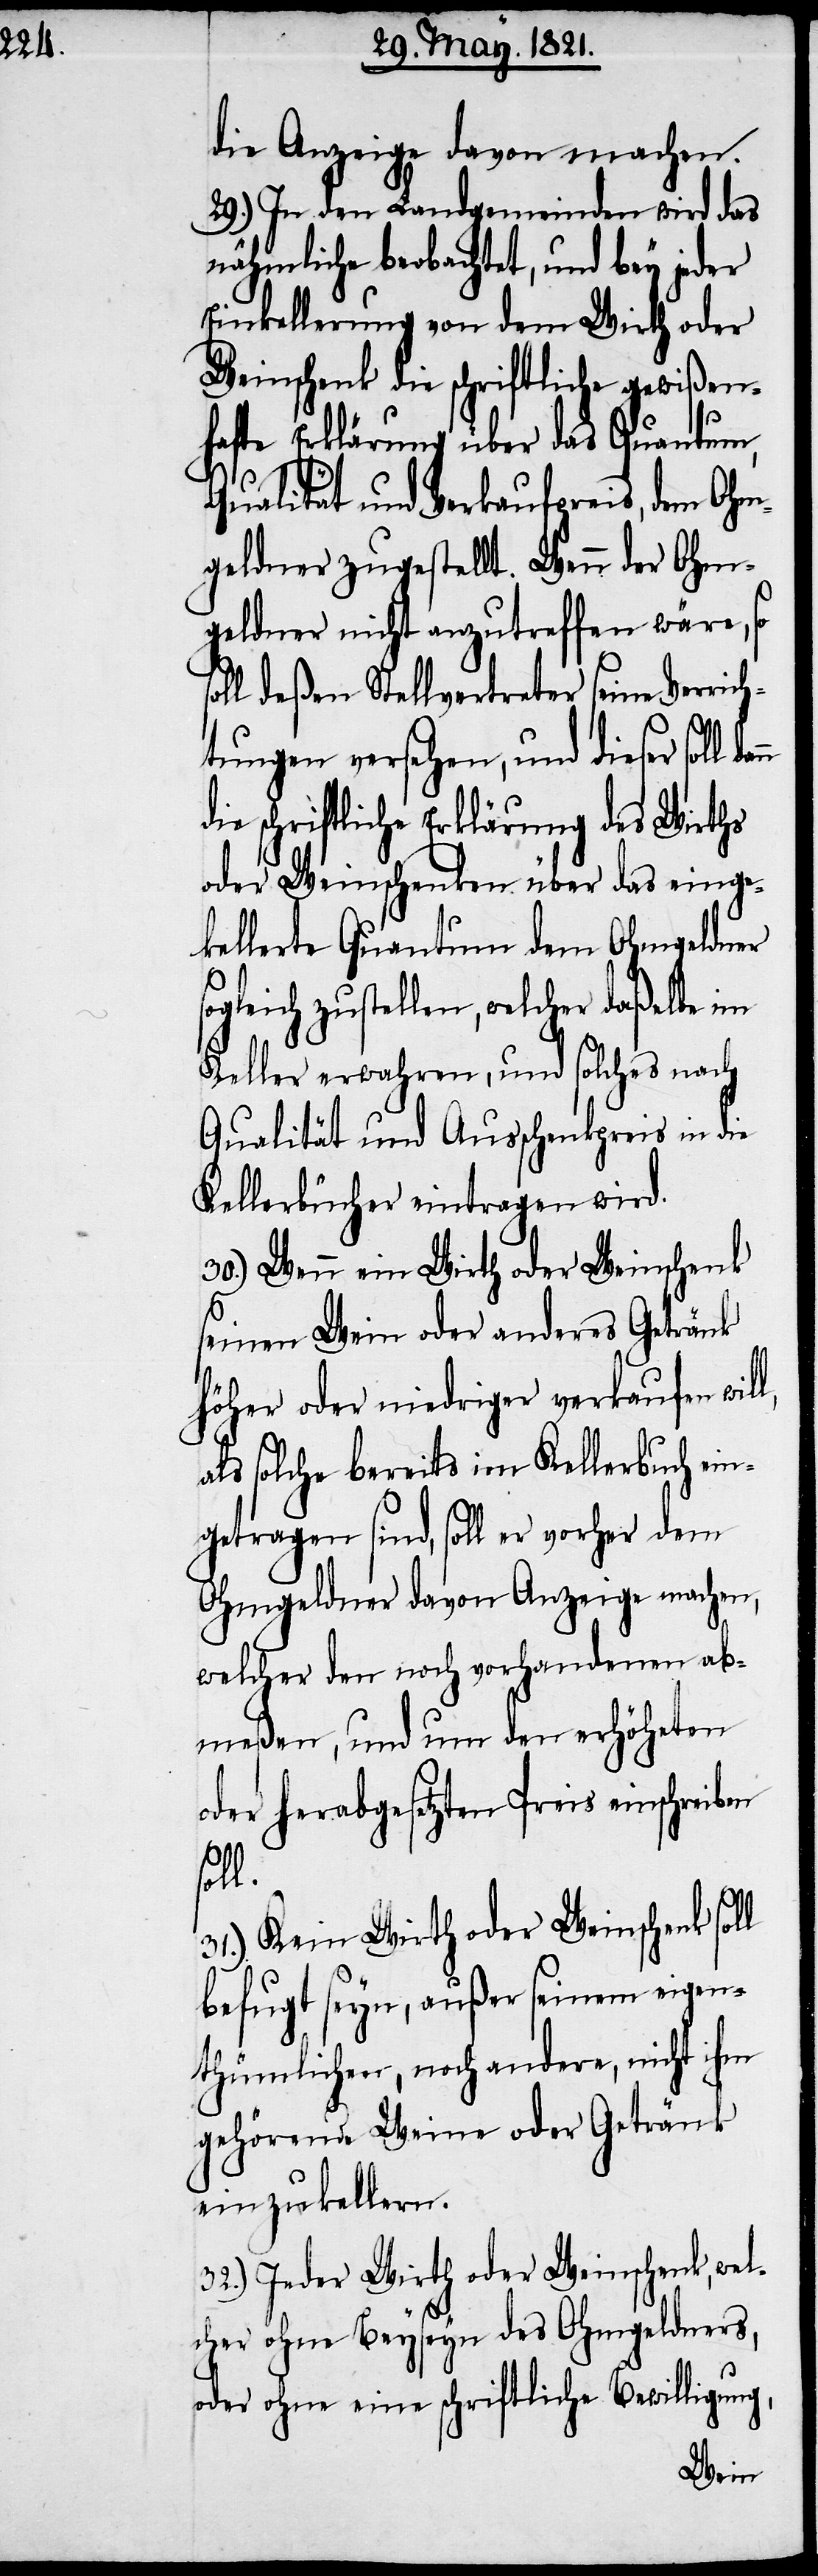
die Anzeige davon machen.
29.) In den Landgemeinden wird das
nähmliche beobachtet, und bey jeder
Einkellerung von dem Wirth oder
Weinschenk die schriftliche gewißen¬
hafte Erklärung über das Quantum,
Qualität und Verkaufpreis, dem Ohm¬
rd.
geldner zugestellt. Wenn
eins¬
geldner nicht anzutreffen
Verrich¬
oll deßen Stellvertreter s¬
soll dan¬
tungen versehen, und
Wirths
riftliche Erklärung
oder Weinschenken über das einge¬
geldner
kellerte Quantum dem Oh¬
gleich zustellen, welcher daßelbe im
Keller erwahren, und solches nach
Qualität und Ausschankpreis in die
Kellerbücher eintragen wi¬
chenk
30.) Wenn ein Wirth oder W¬
seinen Wein oder anderes Getränk
höher oder niedriger verkaufen will,
als solche bereits im Kellerbuch ein¬
getragen sind, soll er vorher dem
Ohmgeldner davon Anzeige machen,
welcher den noch vorhandenen ab¬
meßen, und um den erhöhten
oder herabgesetzten Preis einschreiben
soll.
31.) Kein Wirth oder Weinschenk soll
befugt seyn, außer seinem eigen¬
thümlichen, noch andere, nicht ihm
gehörenden Weine oder Getränk
einzukellern.
32.) Jeder Wirth oder Weinschenk, wel¬
cher ohne Beyseyn des Ohmgeldners,
oder ohne eine schriftliche Bewilligung,